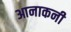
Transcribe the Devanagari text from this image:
आनाकनी